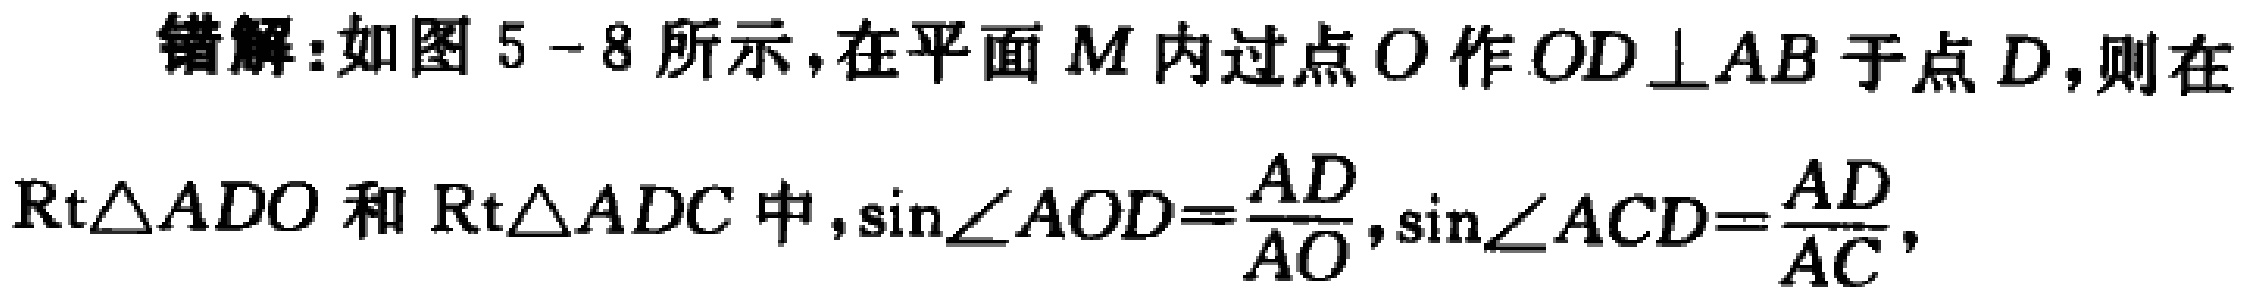
错解:如图5 - 8所示，在平面\(M\)内过点\(O\)作\(OD\perp AB\)于点\(D\)，则在\(\text{Rt}\triangle ADO\)和\(\text{Rt}\triangle ADC\)中，\(\sin\angle AOD = \frac{AD}{AO}\)，\(\sin\angle ACD=\frac{AD}{AC}\)，